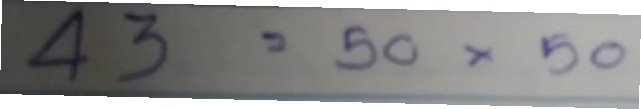
43 = 50x50